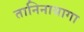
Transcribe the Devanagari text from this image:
तानिनायागा